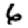
Digit: 6